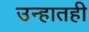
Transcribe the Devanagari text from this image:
उन्हातही